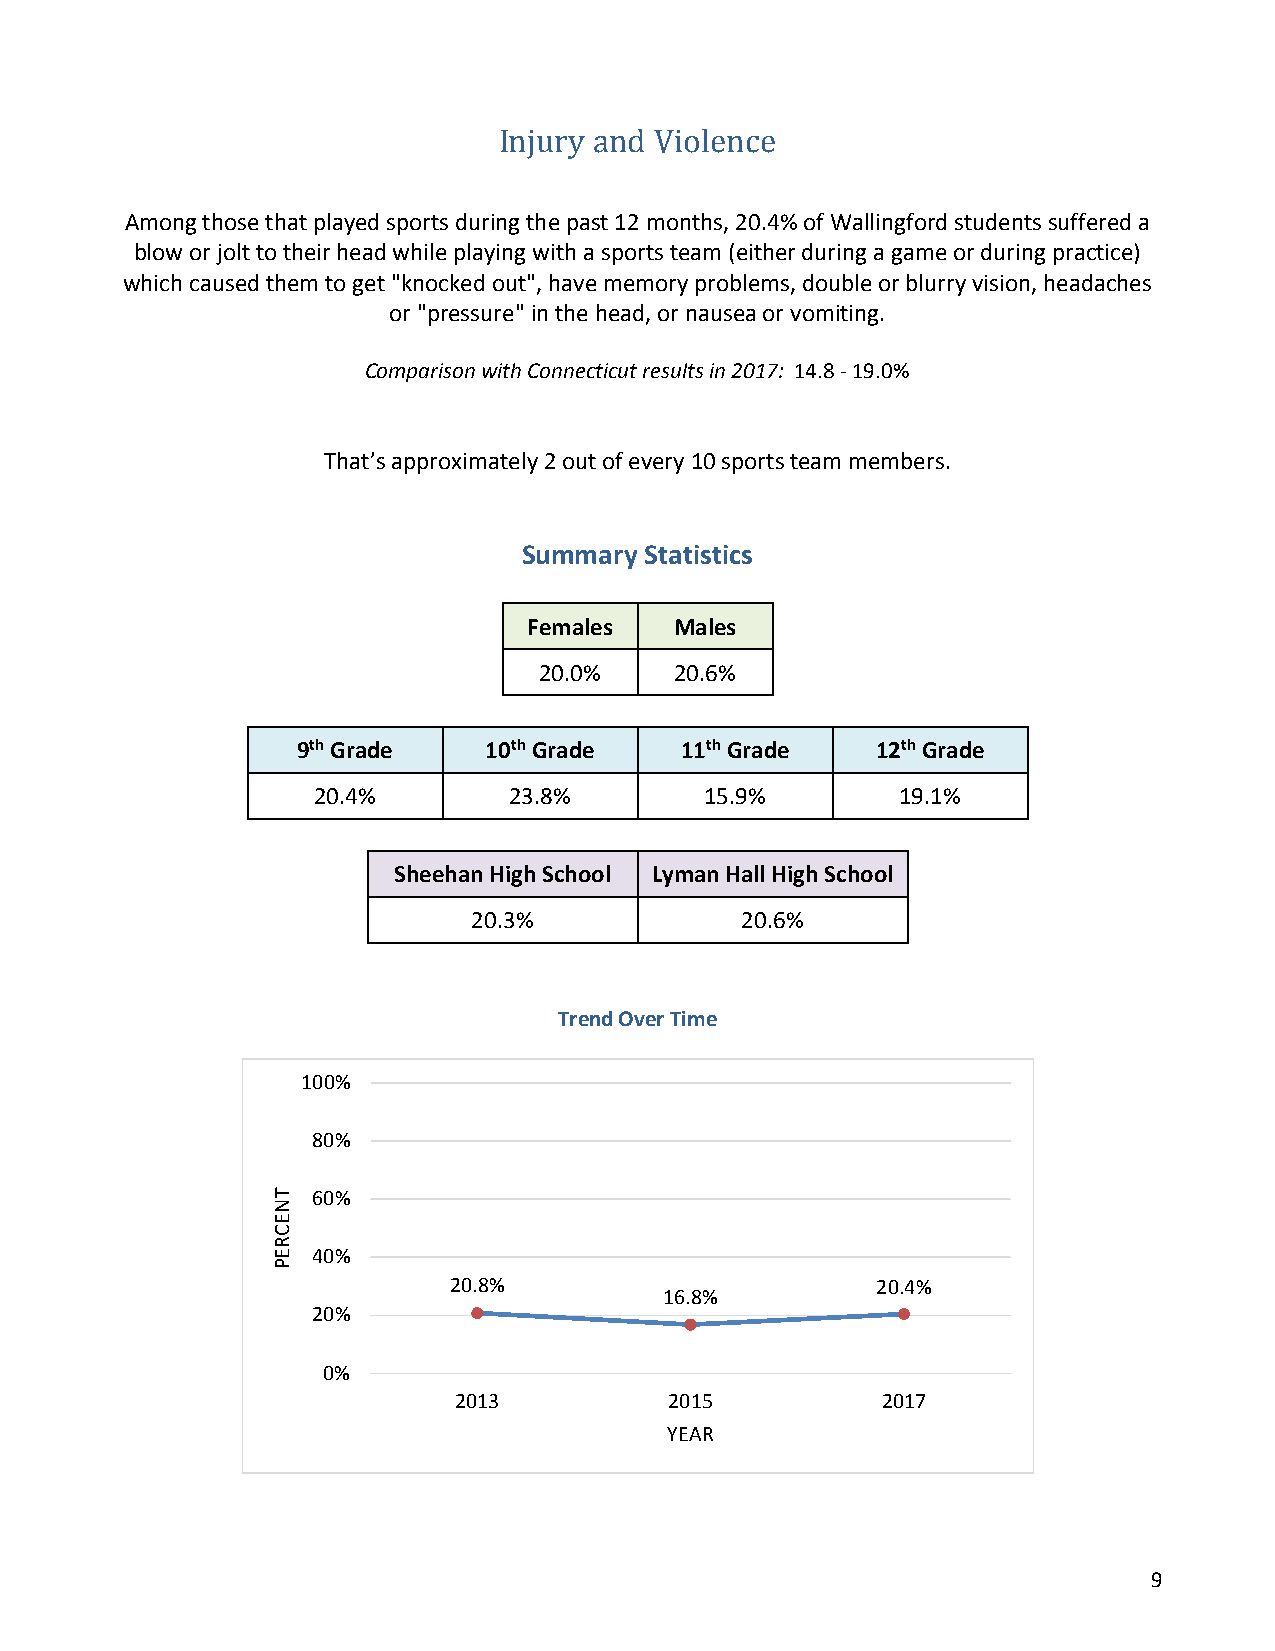
Injury and Violence
 Among those that played sports during the past 12 months, 20.4% of Wallingford students suffered a
 blow or jolt to their head while playing with a sports team (either during a game or during practice)
 which caused them to get "knocked out", have memory problems, double or blurry vision, headaches
 or "pressure" in the head, or nausea or vomiting.
 Comparison with Connecticut results in 2017: 14.8 - 19.0%
 That’s approximately 2 out of every 10 sports team members.
 Summary Statistics
 Females   Males
 20.0%    20.6%
 9th Grade   10th Grade   11th Grade   12th Grade
 20.4%        23.8%        15.9%        19.1%
 Sheehan High School Lyman Hall High School
 20.3%             20.6%
 Trend Over Time
 100%
 80%
 60%
 40%
 20.8%
 16.8%
 20.4%
 20%
 0%
 2013          2015          2017
 YEAR
 9
 TNECREP